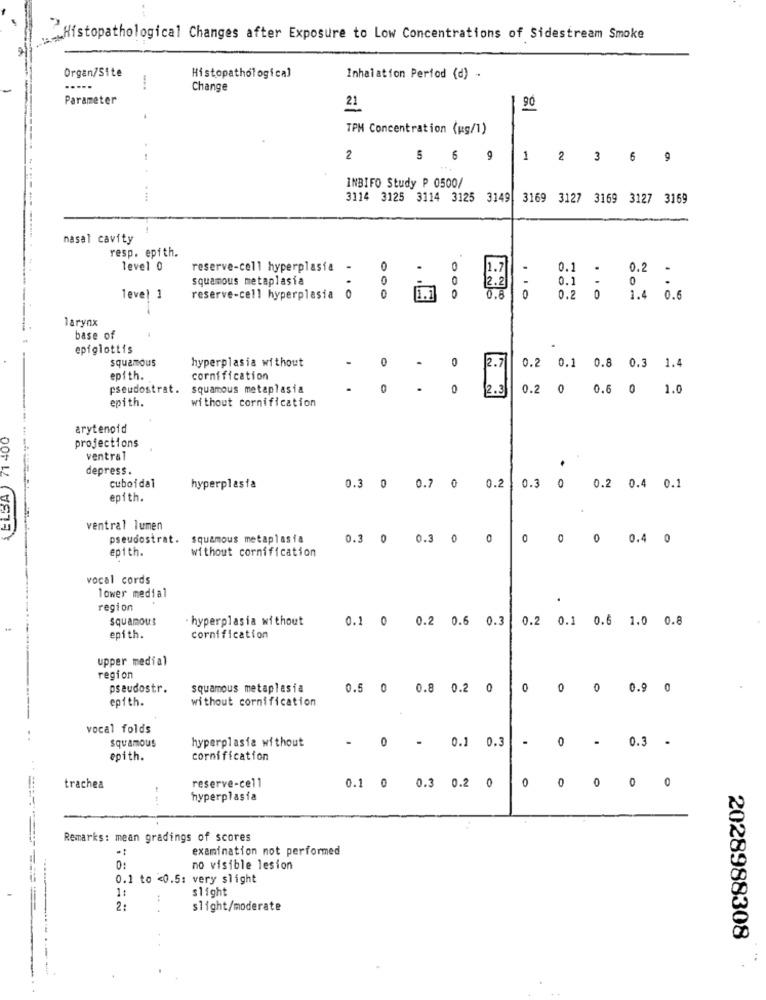
Histopathological Changes after Exposure to Low Concentrations of Sidestream Smoke
Organ/Site
Histopathological
Inhalation Period (d) -
Change
Parameter
21
90
TPM Concentration (ug/1)
...
2
6 6 9
1 2 3 6 9
INBIFO Study P 0500/
. ...
3114 3125 3114 3125 3149 3169 3127 3169 3127 3169
nasal cavity
resp. epith.
level 0
reserve-cell hyperplasia
-
0
1.7
squamous metaplasia
0
12.2
0.1 - 0.2
0.6
0.1 - 0
level 1
reserve-cell hyperplasia
0
0
0
0.2 0 1.4 0.6
larynx
base of
epiglottis
squamous
0
2.7
hyperplasia without
0.2 0.1 0.8 0.3 1.4
epith.
cornification
pseudostrat.
squamous metaplasia
0
2.3
0 0.6 0 1.0
epith.
without cornification
1 400
arytenoid
projections
ventral
depress.
cuboidal
ELBA
hyperplasia
0.3 0 0.7 0
0.2
0.3 0
0.2 0.4
0.1
epith.
ventral lumen
pseudostrat. squamous metaplasia
0.3 0 0.3 0 0
O
0
0 0.4 0
ep1 th.
without cornification
vocal cords
lower medial
.
region
squamous
hyperplasia without
0.1 0 0.2 0.6
0.3
0.2 0.1 0.6 1.0 0.8
epith.
cornification
upper medial
region
pseudostr.
squamous metaplasia
0.5 0 0.8 0.2 0
0 0 0 0.90
epith.
without cornification
vocal folds
squamous
hyperplasia without
0
0.3
.
- 0.1 0.3
0 -
epith.
cornification
reserve-cell
0
trachea
0.1 0 0.3 0.2 0
O
0
hyperplasia
Remarks: mean gradings of scores
examination not performed
0:
no visible lesion
0.1 to <0.5: very slight
slight
1:
2:
slight/moderate
2028988308